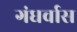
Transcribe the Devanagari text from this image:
गंधर्वास